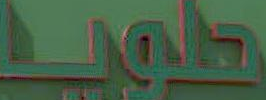
طويا